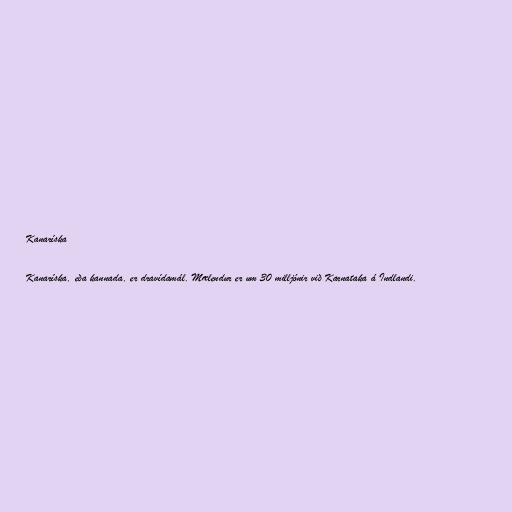
Kanaríska

Kanaríska, eða kannada, er dravídamál. Mælendur er um 30 milljónir við Karnataka á Indlandi.